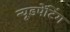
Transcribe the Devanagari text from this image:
न्यूडपेंटिंग